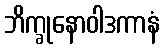
ဘိက္ခုနောဝါဒကာနံ